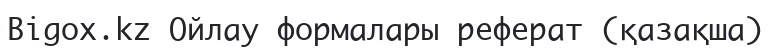
Bigox.kz Ойлау формалары реферат (қазақша)